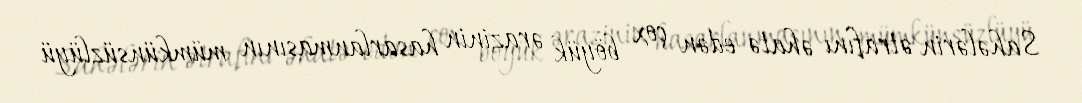
Sahələrin ətrafını əhatə edən çox böyük ərazinin hasarlanmasının mümkünsüzlüyü